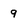
Character: 9